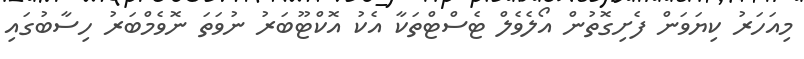
މިއަހަރު ކިޔަވަން ފެށިގޮތުން އޯލެވެލް ޓެސްޓްތަކާ އެކު އޮކްޓޫބަރު ނުވަތަ ނޮވެމްބަރު ހިސާބުގައި